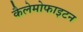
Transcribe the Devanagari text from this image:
कैलेमोफाइटन